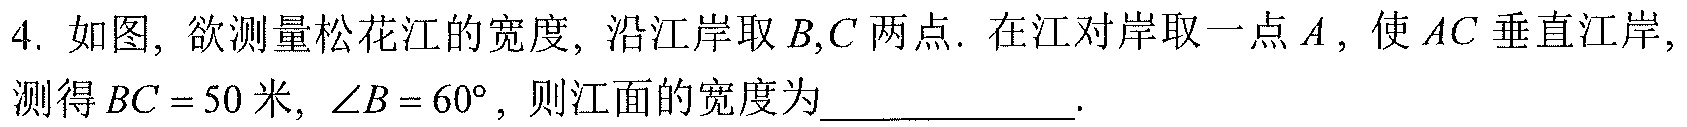
4. 如图, 欲测量松花江的宽度, 沿江岸取 \(B,C\) 两点. 在江对岸取一点 \(A\), 使 \(AC\) 垂直江岸, 测得 \(BC = 50\) 米, \(\angle B = 60^{\circ}\), 则江面的宽度为  .